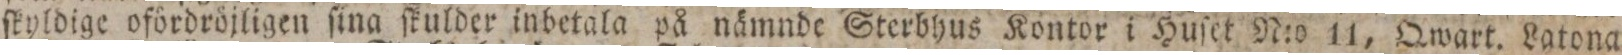
ſkyldige ofördröjligen ſina ſkulder inbetala på nämnde Sterbhus Kontor i Huſet N:o 11, Qwart. Latona